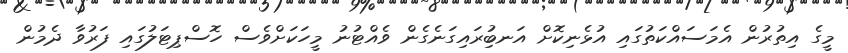
މީގެ އިތުރުން އެމަސައްކަތުގައި އުޅެނިކޮށް އަނބުިރައިގަނެގެން ވެއްޓުނު މީހަކަށްވެސް ހޮސްޕިޓަލުގައި ފަރުވާ ދެމުން